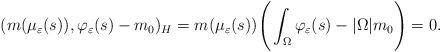
LaTeX: \begin{align*} (m(\mu_{\varepsilon}(s)), \varphi_{\varepsilon}(s)-m_0)_H = m(\mu_{\varepsilon}(s)) \Bigg( \int_{\Omega} \varphi_{\varepsilon}(s)-| \Omega | m_0\Bigg) = 0.\end{align*}